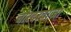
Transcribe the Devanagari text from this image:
चोरदरवाजा